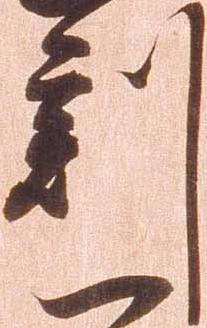
刻